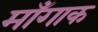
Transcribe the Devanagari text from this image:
माँगाक